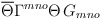
\begin{align*}\overline{\Theta} \Gamma^{mno} \Theta\, G_{mno}\end{align*}